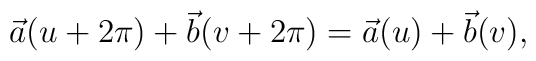
\vec a(u+2\pi)+ \vec b(v+2\pi) = \vec a(u)+  \vec b(v),